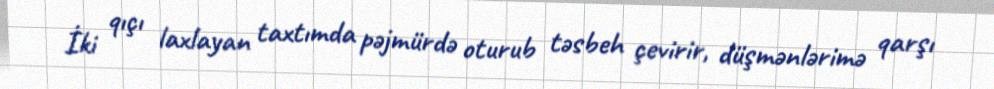
İki qıçı laxlayan taxtımda pəjmürdə oturub təsbeh çevirir, düşmənlərimə qarşı